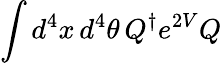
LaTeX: \int d^{4}x\, d^{4}\theta\, Q^{\dagger}e^{2V}Q